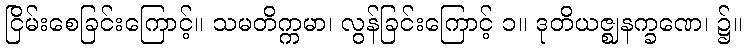
ငြိမ်းစေခြင်းကြောင့်။ သမတိက္ကမာ၊ လွန်ခြင်းကြောင့် ၁။ ဒုတိယဇ္ဈနက္ခဏေ၊ ၌။